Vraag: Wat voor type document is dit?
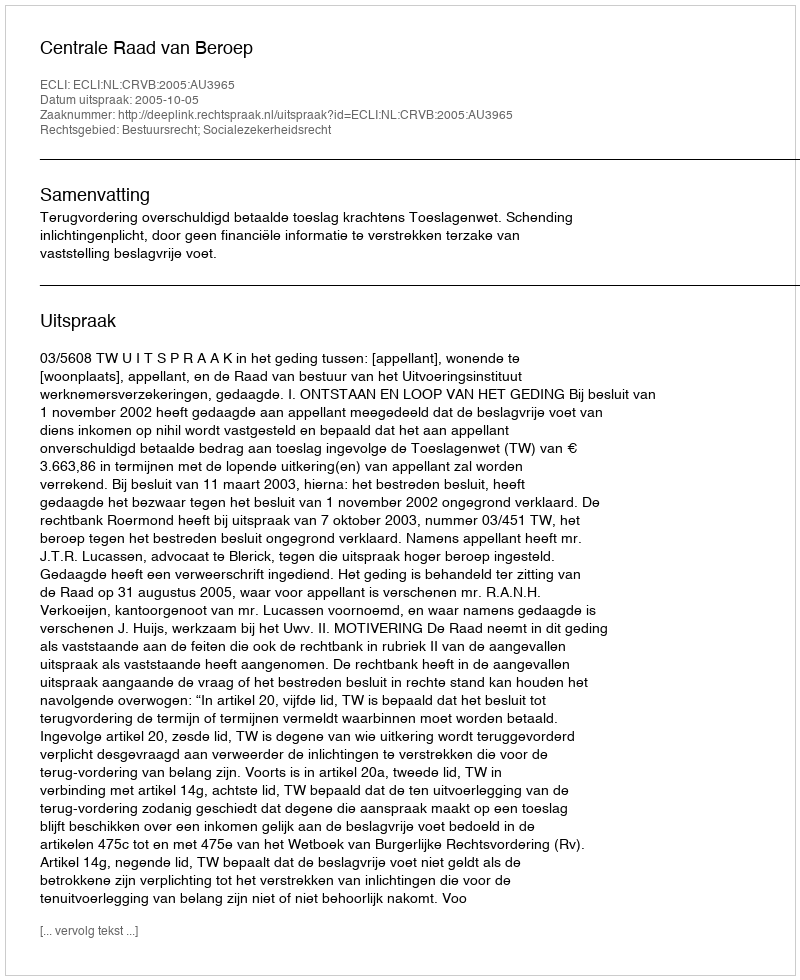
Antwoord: Uitspraak